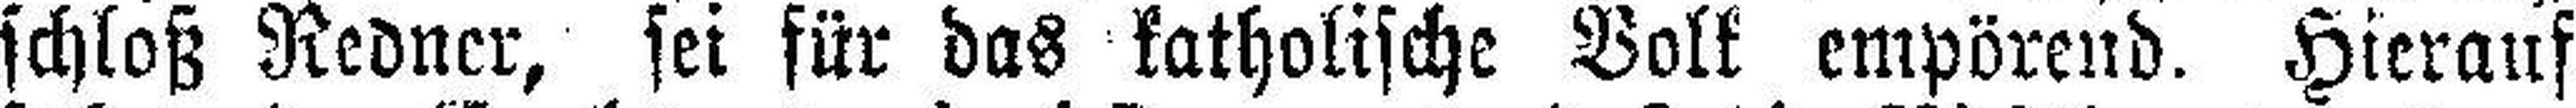
schloß Redner, sei für das katholische Volk empörend. Hierauf